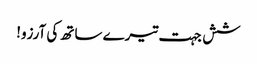
شش جہت تیرے ساتھ کی آرزو!